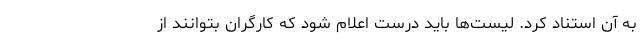
به آن استناد کرد. لیست‌ها باید درست اعلام شود که کارگران بتوانند از